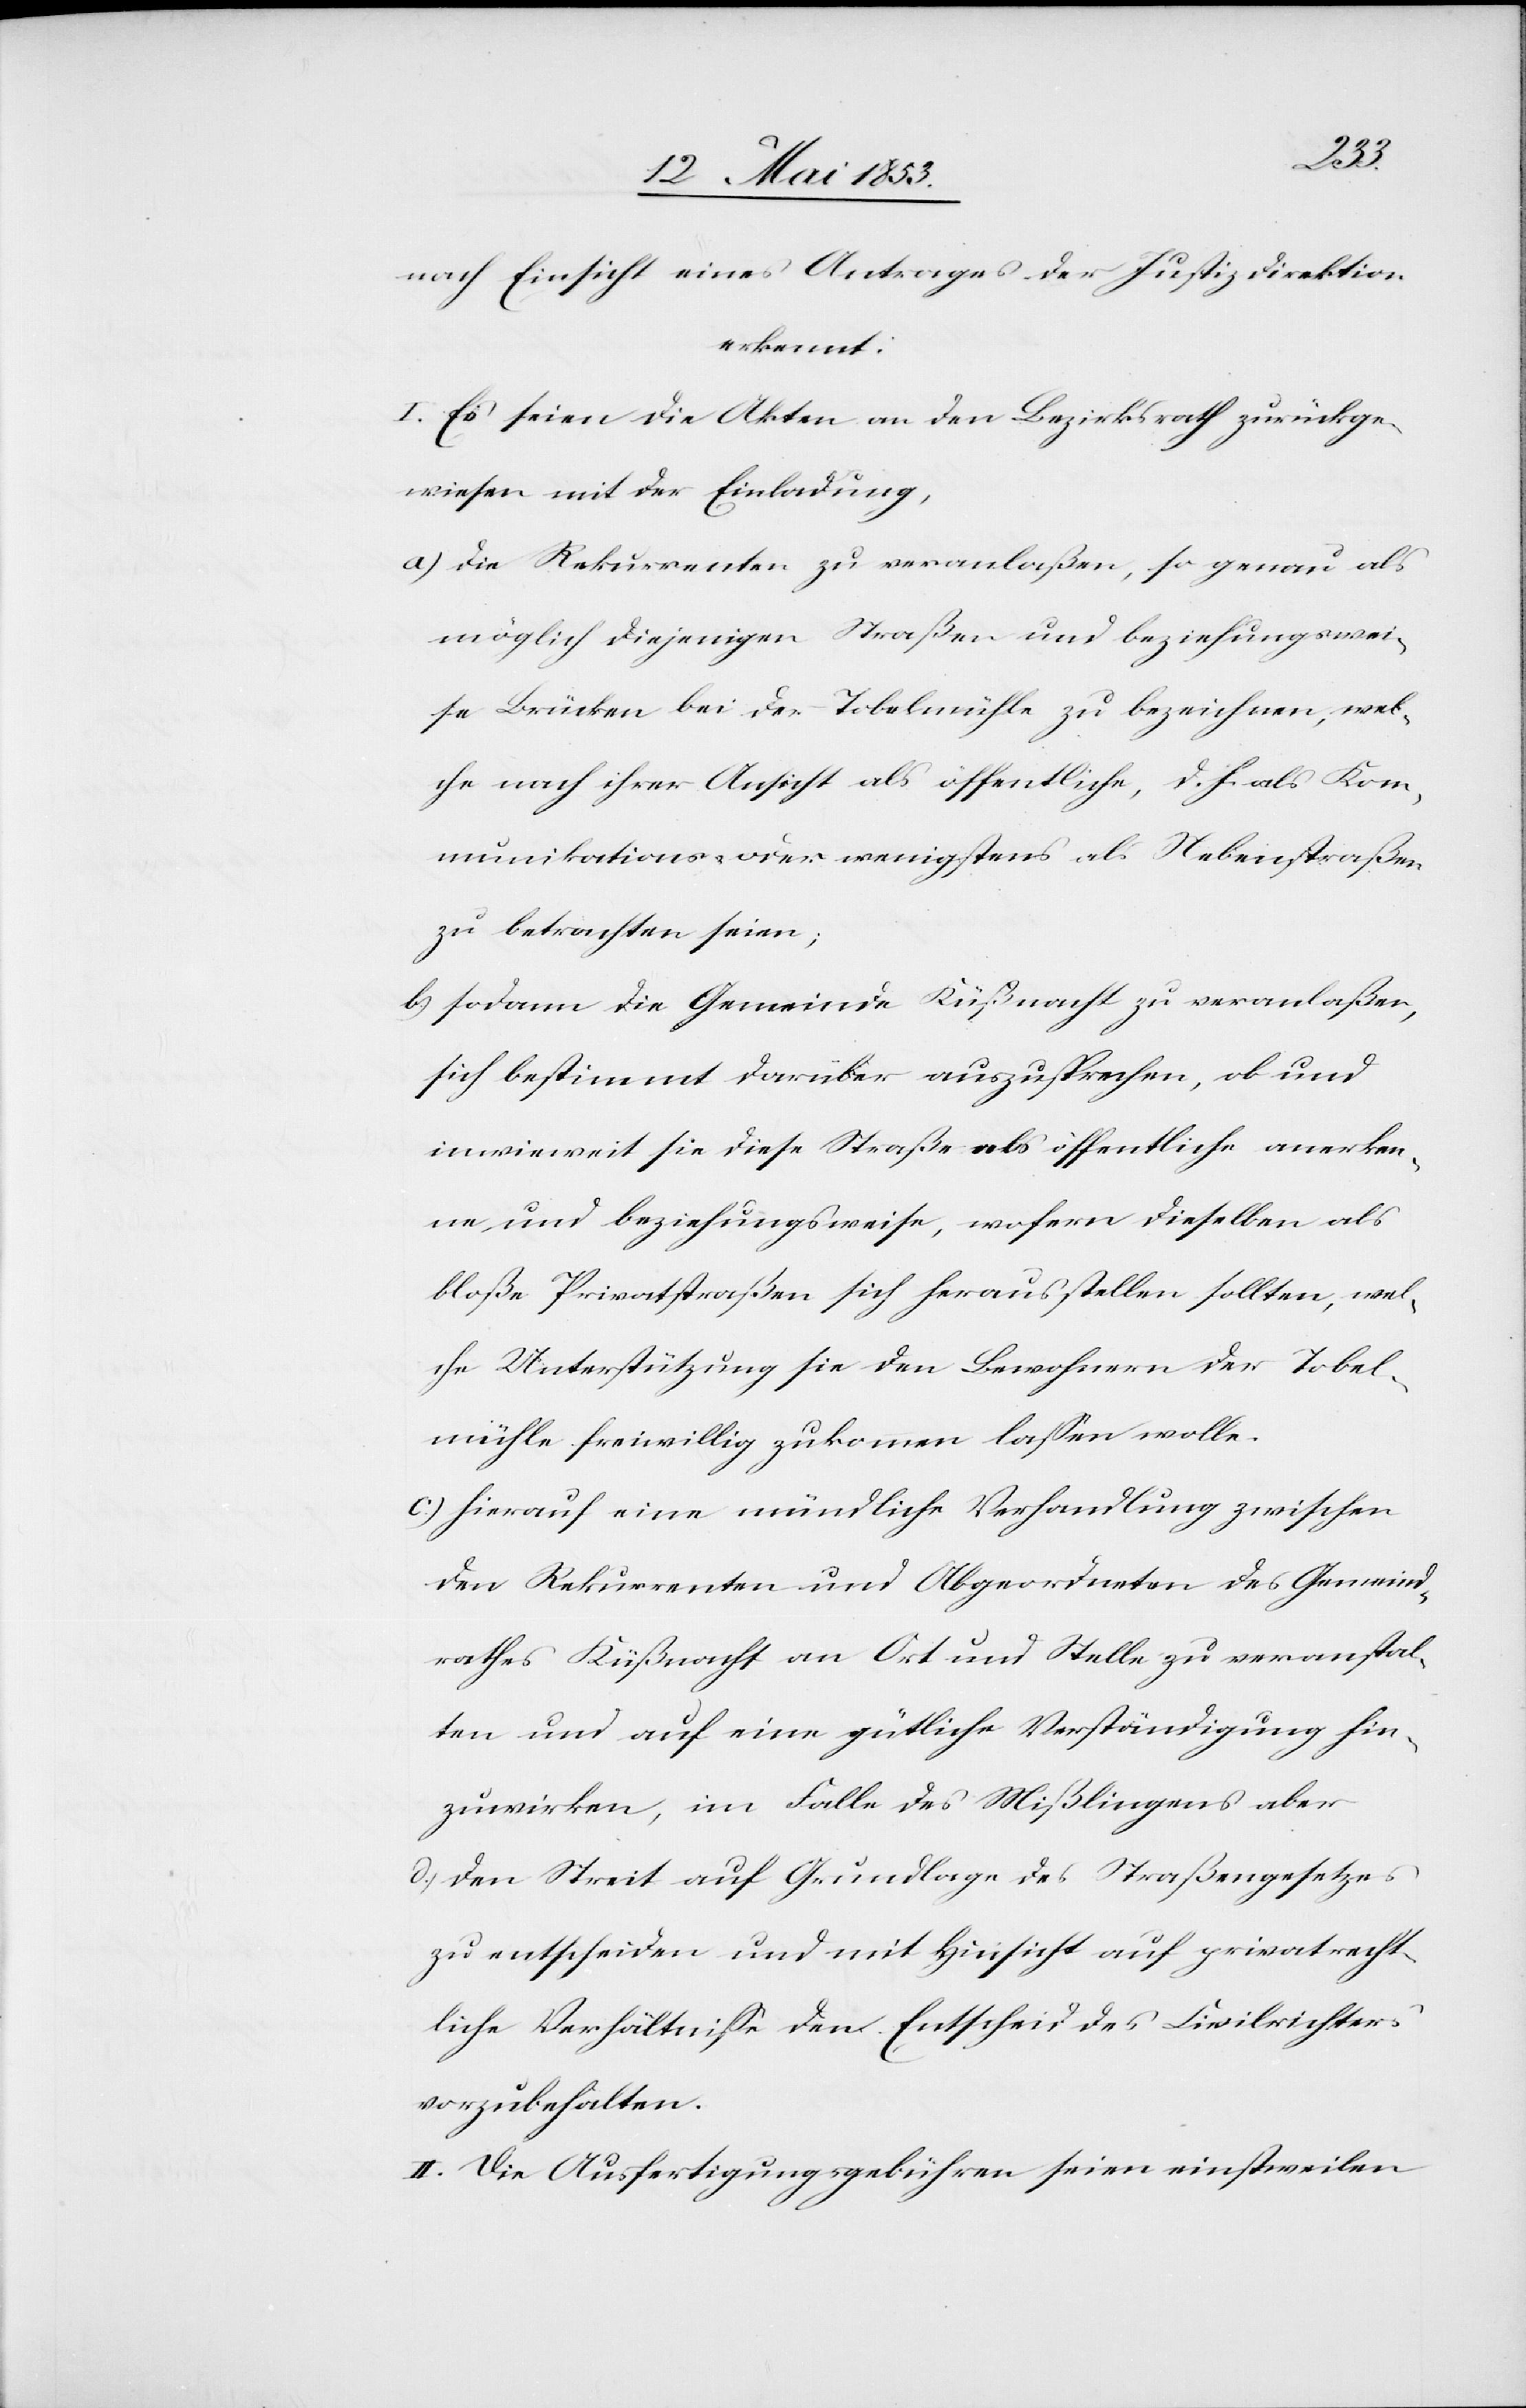
nach Einsicht eines Antrages der Justizdirektion
erkennt:
I. Es seien die Akten an den Bezirksrath zurückge¬
wiesen mit der Einladung,
a) Die Rekurrenten zu veranlaßen, so genau als
möglich diejenigen Straßen und beziehungswei¬
se Brücken bei der Tobelmühle zu bezeichnen, wel¬
che nach ihrer Ansicht als öffentliche, d. h. als Kom¬
munikations- oder wenigstens als Nebenstraßen
zu betrachten seien.
b) sodann die Gemeinde Küßnacht zu veranlaßen,
sich bestimmt darüber auszusprechen, ob und
inwieweit sie diese Straße als öffentliche anerken¬
ne, und beziehungsweise, wofern dieselben als
bloße Privatstraßen sich herausstellen sollten, wel¬
che Unterstützung sie den Bewohnern der Tobel¬
mühle freiwillig zukommen laßen wolle.
c) Hierauf eine mündliche Verhandlung zwischen
den Rekurrenten und Abgeordneten des Gemeind¬
rathes Küßnacht an Ort und Stelle zu veranstal¬
ten und auf eine gütliche Verständigung hin¬
zuwirken, im Falle des Mißlingens aber
d) den Streit auf Grundlage des Straßengesetzes
zu entscheiden und mit Hinsicht auf privatrecht¬
liche Verhältniße den Entscheid des Civilrichters
vorzubehalten.
II. Die Ausfertigungsgebühren seien einstweilen